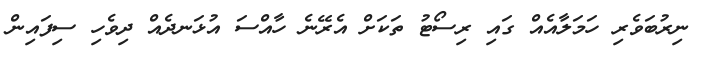
ނިރުބަވެރި ހަމަލާއެއް ގައި ރިސޯޓު ތަކަށް އެރޭނެ ހާއްސަ އުޅަނދެއް ދިވެހި ސިފައިން